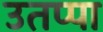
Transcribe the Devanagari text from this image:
उतप्पा